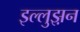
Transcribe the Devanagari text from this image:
इल्लुझ़न